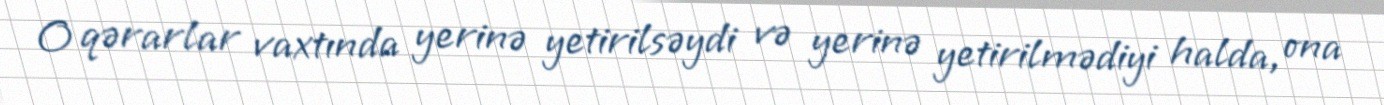
O qərarlar vaxtında yerinə yetirilsəydi və yerinə yetirilmədiyi halda, ona